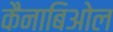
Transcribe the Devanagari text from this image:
कैनाबिओल